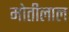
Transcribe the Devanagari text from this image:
माेतीलाल